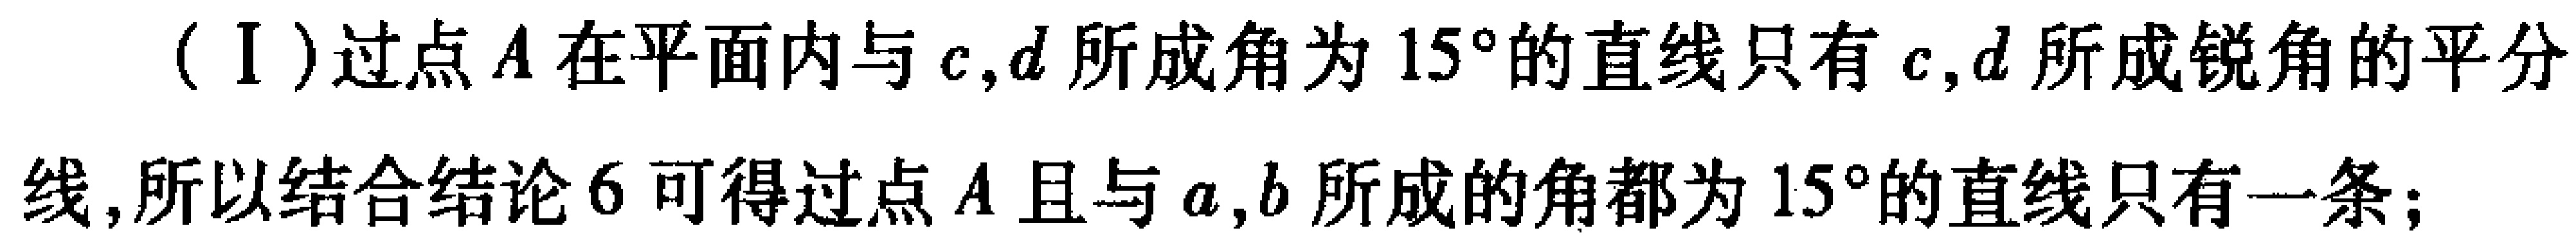
（I）过点\(A\)在平面内与\(c,d\)所成角为\(15^{\circ}\)的直线只有\(c,d\)所成锐角的平分线,所以结合结论\(6\)可得过点\(A\)且与\(a,b\)所成的角都为\(15^{\circ}\)的直线只有一条；